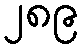
၂၈၉